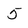
Character: 5